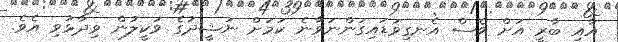
އާއި ބާރީ އަށް ވެސް އެނގިވަޑައިގަންނަވާނެ ކަމަށް ނަޝީދުގެ ވަކީލުން ވިދާޅުވި އެވެ.